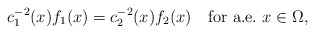
\begin{align*}c_1^{-2}(x)f_1(x)=c_2^{-2}(x) f_2(x)\quad\mbox{for a.e.}\ x\in\Omega,\end{align*}